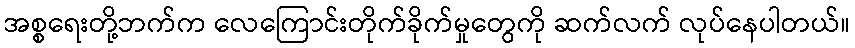
အစ္စရေးတို့ဘက်က လေကြောင်းတိုက်ခိုက်မှုတွေကို ဆက်လက် လုပ်နေပါတယ်။